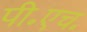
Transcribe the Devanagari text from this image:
पी॰एच॰